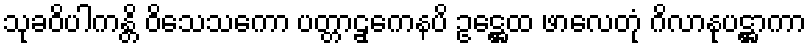
သုခဝိပါကန္တိ ဝိသေသကော ပတ္တာဠှကေနပိ ဥဋ္ဌေထ ဖာလေတုံ ဂိလာနုပဋ္ဌာကာ